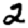
Digit: 2